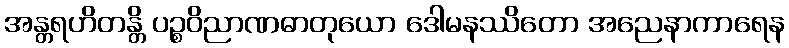
အန္တရဟိတန္တိ ပဉ္စဝိညာဏဓာတုယော ဒေါမနဿိတော အညေနာကာရေန